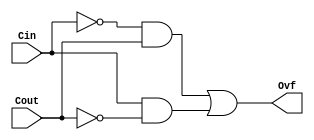
module Overflow(Cin,Cout,Ovf);
	input Cin,Cout;
	output Ovf;
	
	assign Ovf = (~Cin & Cout) | (Cin & ~Cout);


endmodule